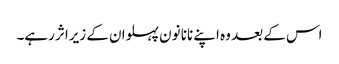
اس کے بعد وہ اپنے نانا نون پہلوان کے زیراثر رہے۔